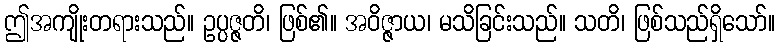
ဤအကျိုးတရားသည်။ ဥပ္ပဇ္ဇတိ၊ ဖြစ်၏။ အဝိဇ္ဇာယ၊ မသိခြင်းသည်။ သတိ၊ ဖြစ်သည်ရှိသော်။